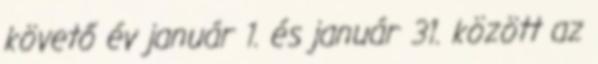
követő év január 1. és január 31. között az